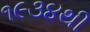
૧૯૩૪થી